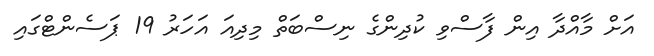
އަށް މާއްދާ އިން ފާސްވި ކުދިންގެ ނިސްބަތް މިދިއަ އަހަރު 19 ޕަސެންޓްގައި